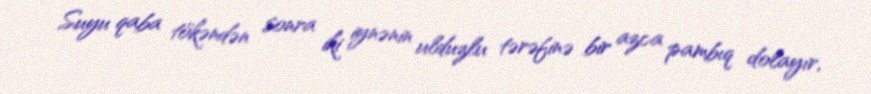
Suyu qaba tökəndən sonra iki iynənin ulduzlu tərəfinə bir azca pambıq dolayır,